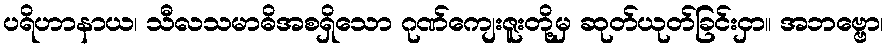
ပရိဟာနာယ၊ သီလသမာဓိအစရှိသော ဂုဏ်ကျေးဇူးတို့မှ ဆုတ်ယုတ်ခြင်းငှာ။ အဘဗ္ဗော၊